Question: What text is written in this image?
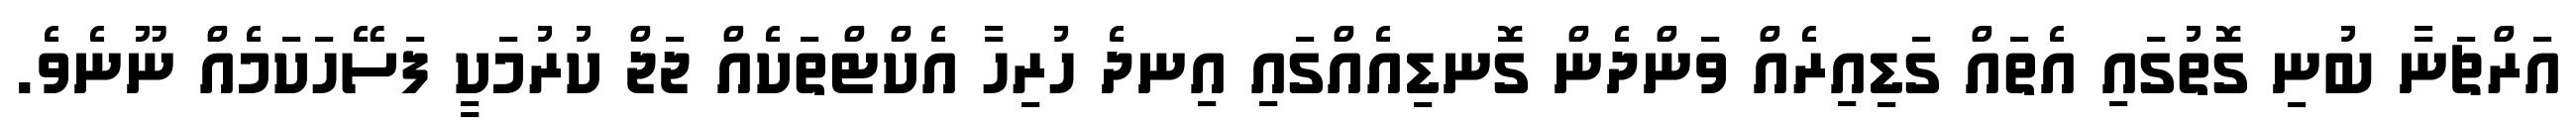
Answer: އަރްޗަނާ ބުނި ގޮތުގައި އެތައް ގަޑިއިރެއް ވަންދެން ގޮނޑިއެއްގައި އިނދެ ހުރިހާ އެކްޓްތަކެއް ޖަޖް ކުރުމަކީ ފަސޭހަކަމެއް ނޫނެވެ.